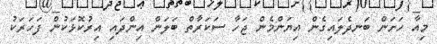
މިއާ ހަށަން ބަނދެލައިގެން އިޔަންމެން ޖަހާ ސަކަރާތް ބަލަން އިންދައި އިރުކޮޅަކުން ފަހަރަކު